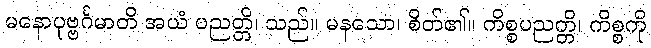
မနောပုဗ္ဗင်္ဂမာတိ အယံ ပညတ္တိ၊ သည်။ မနသော၊ စိတ်၏။ ကိစ္စပညတ္တိ၊ ကိစ္စကို